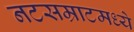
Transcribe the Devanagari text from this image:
नटसम्राटमध्ये